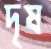
দৃষ